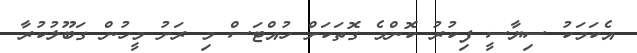
އެކަމަކު ސިޔާސީ ފިކުރު ކޮންމެ ގޮތަކަށް ހުއްޓަސް މި ރަށު މީހުން ގަބޫލުކުރާ